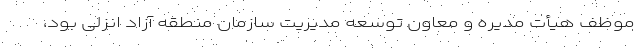
موظف هیأت مدیره و معاون توسعه مدیریت سازمان منطقه آزاد انزلی بود،